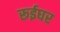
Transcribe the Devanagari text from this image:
रूईघर